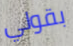
بقولي